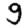
Digit: 9